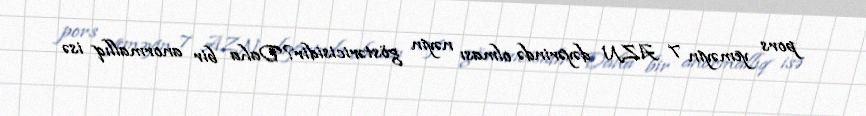
pors yeməyin 7 AZN dəyərində olması nəyin göstəricisidir?Daha bir anormallıq isə